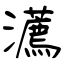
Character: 灋